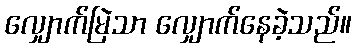
လျှောက်မြဲသာ လျှောက်နေခဲ့သည်။